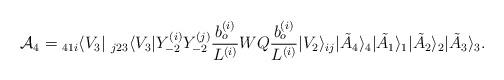
LaTeX: \begin{align*}{\cal A}_{4} ={}_{41i}\langle V_3| ~_{j23}\langle V_3| Y_{-2}^{(i)} Y_{-2}^{(j)}\frac{b^{(i)}_o}{L^{(i)}} WQ \frac{b^{(i)}_o}{L^{(i)}} |V_2\rangle_{ij}|\tilde{A} _{4} \rangle_{4}|\tilde{A} _{1} \rangle_{1}|\tilde{A} _{2} \rangle_{2}|\tilde{A} _{3} \rangle_{3}.\end{align*}